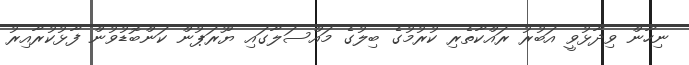
ނިހާން ވިދާޅުވީ އަބުރު ރައްކާތެރި ކުރުމުގެ ބިލުގެ މައްސަލާގައި ޔޫރަޕުން ކަންބޮޑުވުން ފާޅުކުރާއިރު